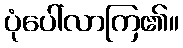
ပုံပေါ်လာကြ၏။